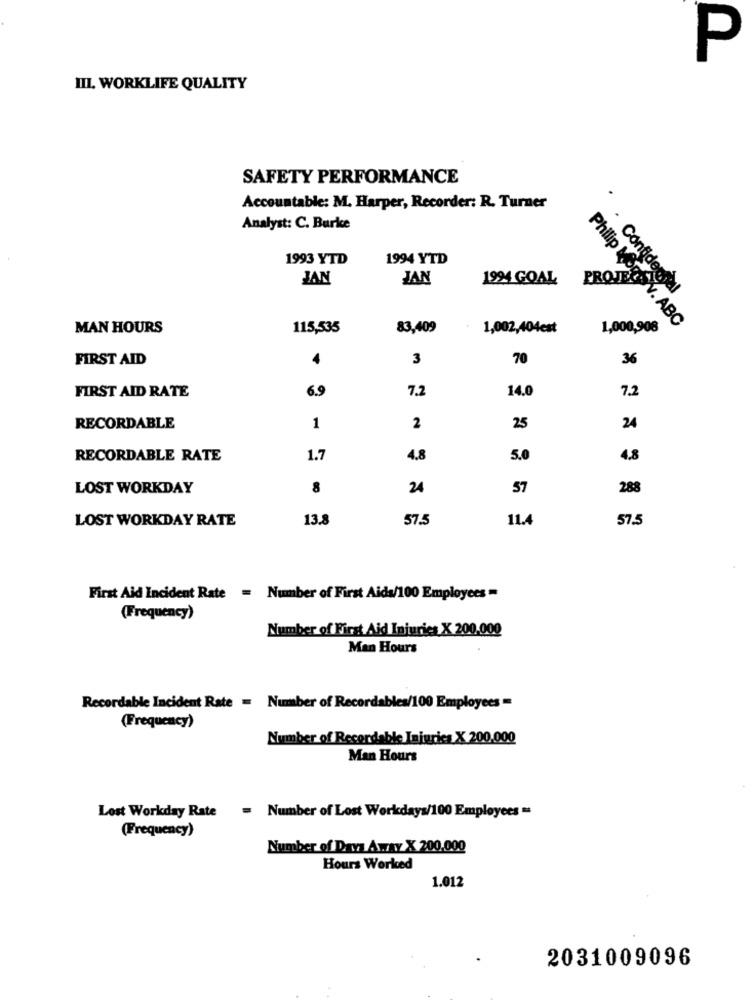
P
III. WORKLIFE QUALITY
SAFETY PERFORMANCE
Accountable: M. Harper, Recorder: R. Turner
Analyst: C. Burke
1993 YTD
1994 YTD
JAN
JAN
1994 GOAL
. Confidential
MAN HOURS
115,535
83,409
1,002,404est
1,000,908
Philip Morev. ABC
FIRST AID
4
3
70
36
FIRST AID RATE
6.9
7.2
14.0
7.2
RECORDABLE
1
2
25
24
RECORDABLE RATE
1.7
4.8
5.0
4,8
LOST WORKDAY
8
24
57
288
LOST WORKDAY RATE
13.8
57.5
11.4
57.5
First Aid Incident Rate = Number of First Aids/100 Employees =
(Frequency)
Number of First Aid Injuries X 200.000
Man Hours
Recordable Incident Rate = Number of Recordables/100 Employees =
(Frequency)
Number of Recordable Injuries X 200.000
Man Hours
Number of Lost Workdays/100 Employees =
Lost Workday Rate
(Frequency)
Number of Days Away X 200.000
Hours Worked
1.012
2031009096